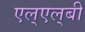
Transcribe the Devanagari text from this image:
एल्‌एल्‌बी